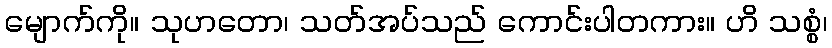
မျောက်ကို။ သုဟတော၊ သတ်အပ်သည် ကောင်းပါတကား။ ဟိ သစ္စံ၊